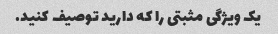
یک ویژگی مثبتی را که دارید توصیف کنید.